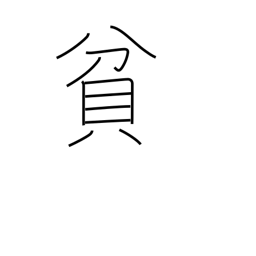
Meaning: poor